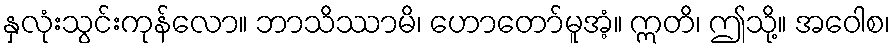
နှလုံးသွင်းကုန်လော။ ဘာသိဿာမိ၊ ဟောတော်မူအံ့။ ဣတိ၊ ဤသို့။ အဝေါစ၊